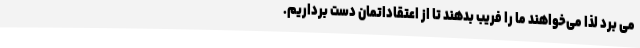
می برد لذا می‌خواهند ما را فریب بدهند تا از اعتقاداتمان دست برداریم.